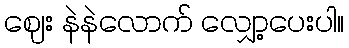
ဈေး နဲနဲလောက် လျှော့ပေးပါ။